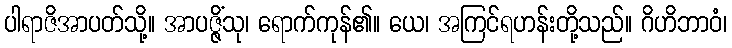
ပါရာဇိအာပတ်သို့။ အာပဇ္ဇိံသု၊ ရောက်ကုန်၏။ ယေ၊ အကြင်ရဟန်းတို့သည်။ ဂိဟိဘာဝံ၊